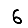
Digit: 6